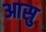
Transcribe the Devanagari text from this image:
आसु